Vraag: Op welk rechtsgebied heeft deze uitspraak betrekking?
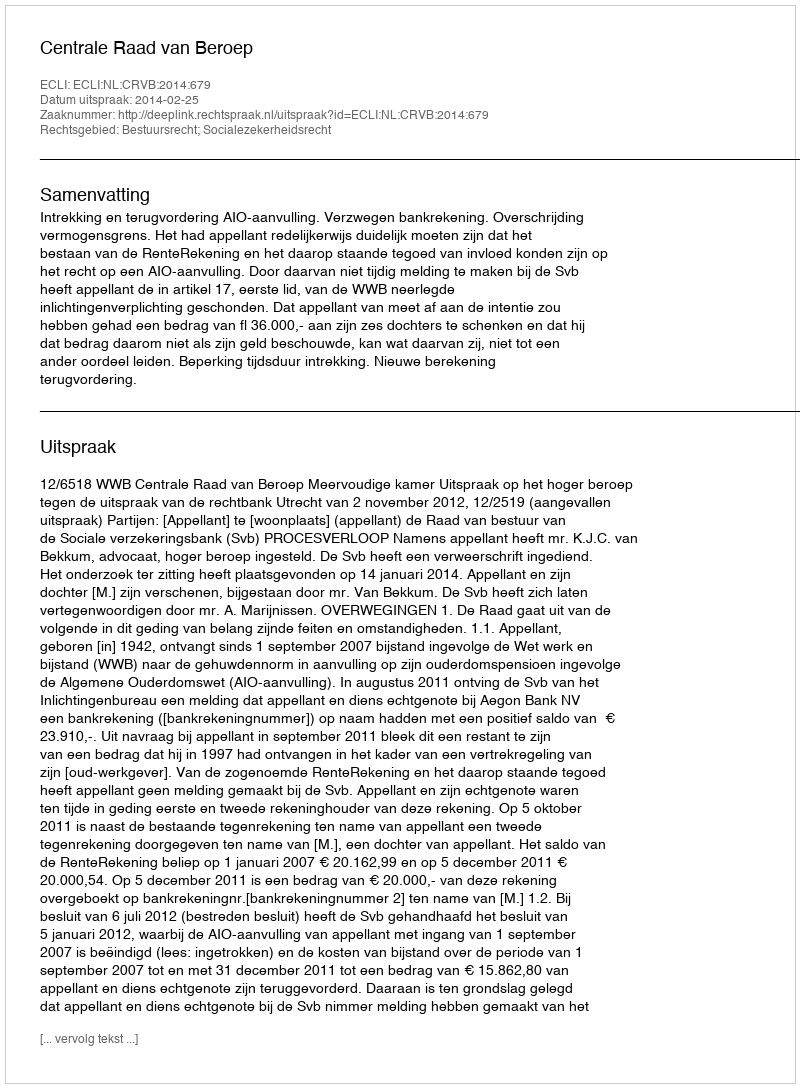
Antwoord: Bestuursrecht; Socialezekerheidsrecht